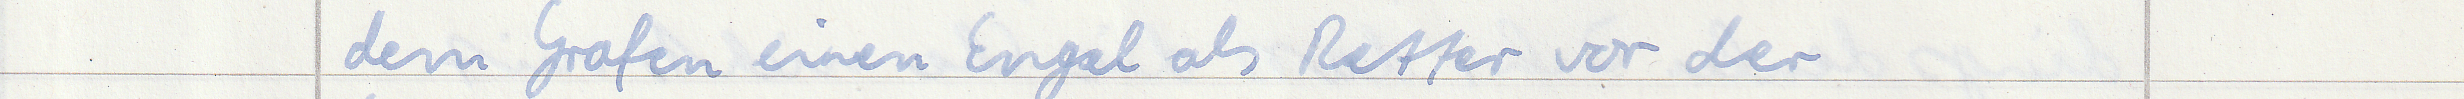
dem Grafen einen Engel als Retter vor der